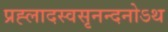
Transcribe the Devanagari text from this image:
प्रह्लादस्वसृनन्दनोऽथ